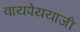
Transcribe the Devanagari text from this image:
वायपेययाजी